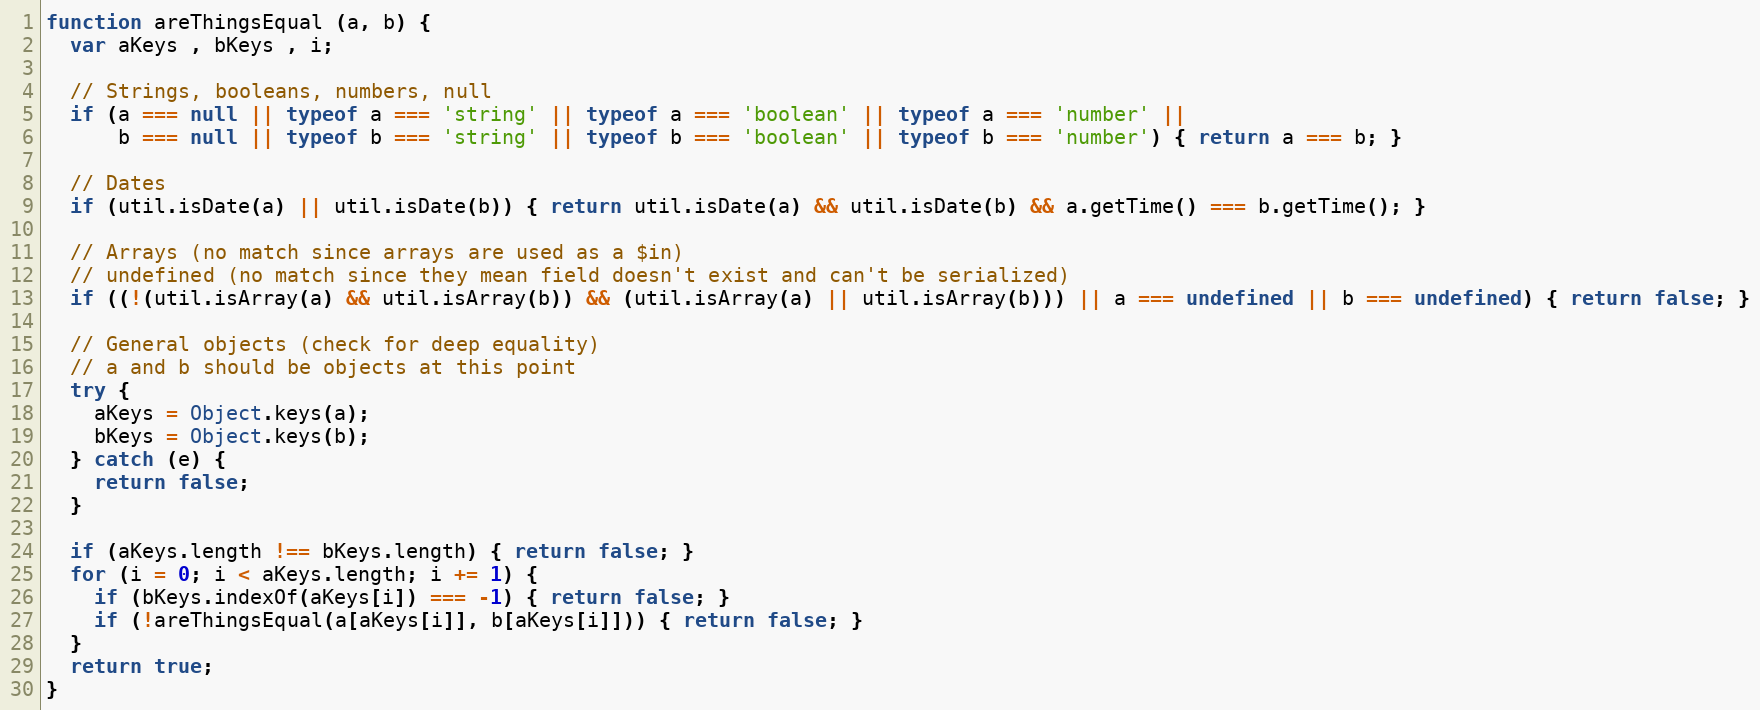
Language: JavaScript
function areThingsEqual (a, b) {
  var aKeys , bKeys , i;

  // Strings, booleans, numbers, null
  if (a === null || typeof a === 'string' || typeof a === 'boolean' || typeof a === 'number' ||
      b === null || typeof b === 'string' || typeof b === 'boolean' || typeof b === 'number') { return a === b; }

  // Dates
  if (util.isDate(a) || util.isDate(b)) { return util.isDate(a) && util.isDate(b) && a.getTime() === b.getTime(); }

  // Arrays (no match since arrays are used as a $in)
  // undefined (no match since they mean field doesn't exist and can't be serialized)
  if ((!(util.isArray(a) && util.isArray(b)) && (util.isArray(a) || util.isArray(b))) || a === undefined || b === undefined) { return false; }

  // General objects (check for deep equality)
  // a and b should be objects at this point
  try {
    aKeys = Object.keys(a);
    bKeys = Object.keys(b);
  } catch (e) {
    return false;
  }

  if (aKeys.length !== bKeys.length) { return false; }
  for (i = 0; i < aKeys.length; i += 1) {
    if (bKeys.indexOf(aKeys[i]) === -1) { return false; }
    if (!areThingsEqual(a[aKeys[i]], b[aKeys[i]])) { return false; }
  }
  return true;
}